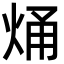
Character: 㷁